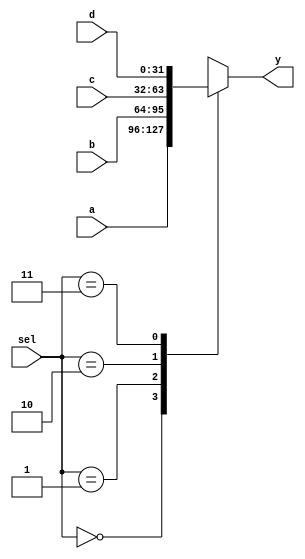
/**
 * 4 x 32 MUX
 */

module zmips_mux432(a, b, c, d, sel, y);
input [31:0] a, b, c, d;
input [1:0] sel;
output reg [31:0] y;

always @(a or b or c or d or sel)
begin
    case (sel)
    2'b00: begin
        y = a;
    end
    2'b01: begin
        y = b;
    end
    2'b10: begin
        y = c;
    end
    2'b11: begin
        y = d;
    end
    endcase
end

endmodule